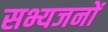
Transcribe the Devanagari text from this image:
सभ्यजनों